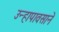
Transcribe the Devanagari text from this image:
उन्हापावसाने